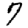
Digit: 7